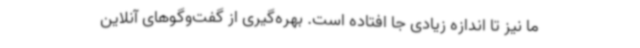
ما نیز تا اندازه زیادی جا افتاده است. بهره‌گیری از گفت‌وگوهای آنلاین